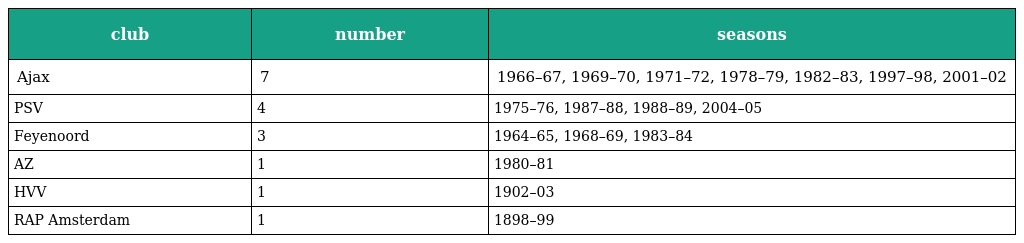
| club | number | seasons |
 | --- | --- | --- |
 | Ajax | 7 | 1966–67, 1969–70, 1971–72, 1978–79, 1982–83, 1997–98, 2001–02 |
 | PSV | 4 | 1975–76, 1987–88, 1988–89, 2004–05 |
 | Feyenoord | 3 | 1964–65, 1968–69, 1983–84 |
 | AZ | 1 | 1980–81 |
 | HVV | 1 | 1902–03 |
 | RAP Amsterdam | 1 | 1898–99 |